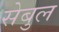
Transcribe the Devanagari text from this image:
सेबुल